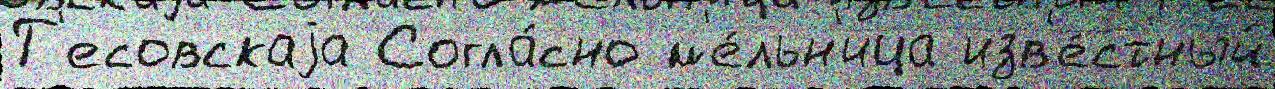
Т'есовскаjа Согла́сно м'е́льн'ица изв'е́стный